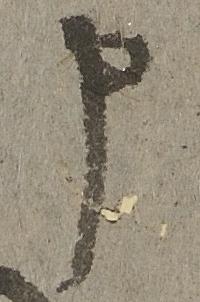
申